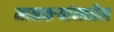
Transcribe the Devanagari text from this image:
मानकर्‍यांमधील